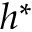
h ^ { * }